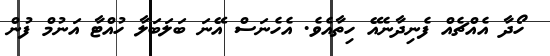
ހޯދާ އެއްޗެއް ފެނިދާނެއޭ ހިތާއެވެ. އެހެނަސް އޭނަ ބަލަބަލާ ހުއްޓާ އަނުމް ފުން